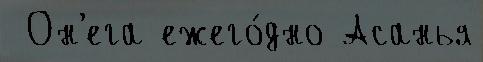
 Он'ега ежего́дно Асанья